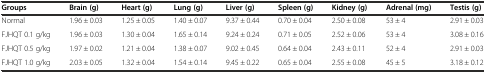
| Groups | Brain (g) | Heart (g) | Lung (g) | Liver (g) | Spleen (g) | Kidney (g) | Adrenal (mg) | Testis (g) |
 | --- | --- | --- | --- | --- | --- | --- | --- | --- |
 | Normal | 1.96 ± 0.03 | 1.25 ± 0.05 | 1.40 ± 0.07 | 9.37 ± 0.44 | 0.70 ± 0.04 | 2.50 ± 0.08 | 53 ± 4 | 2.91 ± 0.03 |
 | FJHQT 0.1 g/kg | 1.96 ± 0.03 | 1.30 ± 0.04 | 1.65 ± 0.14 | 9.24 ± 0.24 | 0.71 ± 0.05 | 2.52 ± 0.06 | 53 ± 4 | 3.08 ± 0.16 |
 | FJHQT 0.5 g/kg | 1.97 ± 0.02 | 1.21 ± 0.04 | 1.38 ± 0.07 | 9.02 ± 0.45 | 0.64 ± 0.04 | 2.43 ± 0.11 | 52 ± 4 | 2.91 ± 0.03 |
 | FJHQT 1.0 g/kg | 2.03 ± 0.05 | 1.32 ± 0.04 | 1.54 ± 0.14 | 9.45 ± 0.22 | 0.65 ± 0.04 | 2.55 ± 0.08 | 45 ± 5 | 3.18 ± 0.12 |